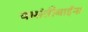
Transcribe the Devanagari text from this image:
वासंतीबाईंना